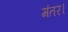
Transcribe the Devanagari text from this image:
मंतर।